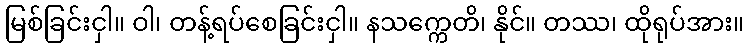
မြစ်ခြင်းငှါ။ ဝါ၊ တန့်ရပ်စေခြင်းငှါ။ နသက္ကေတိ၊ နိုင်။ တဿ၊ ထိုရုပ်အား။